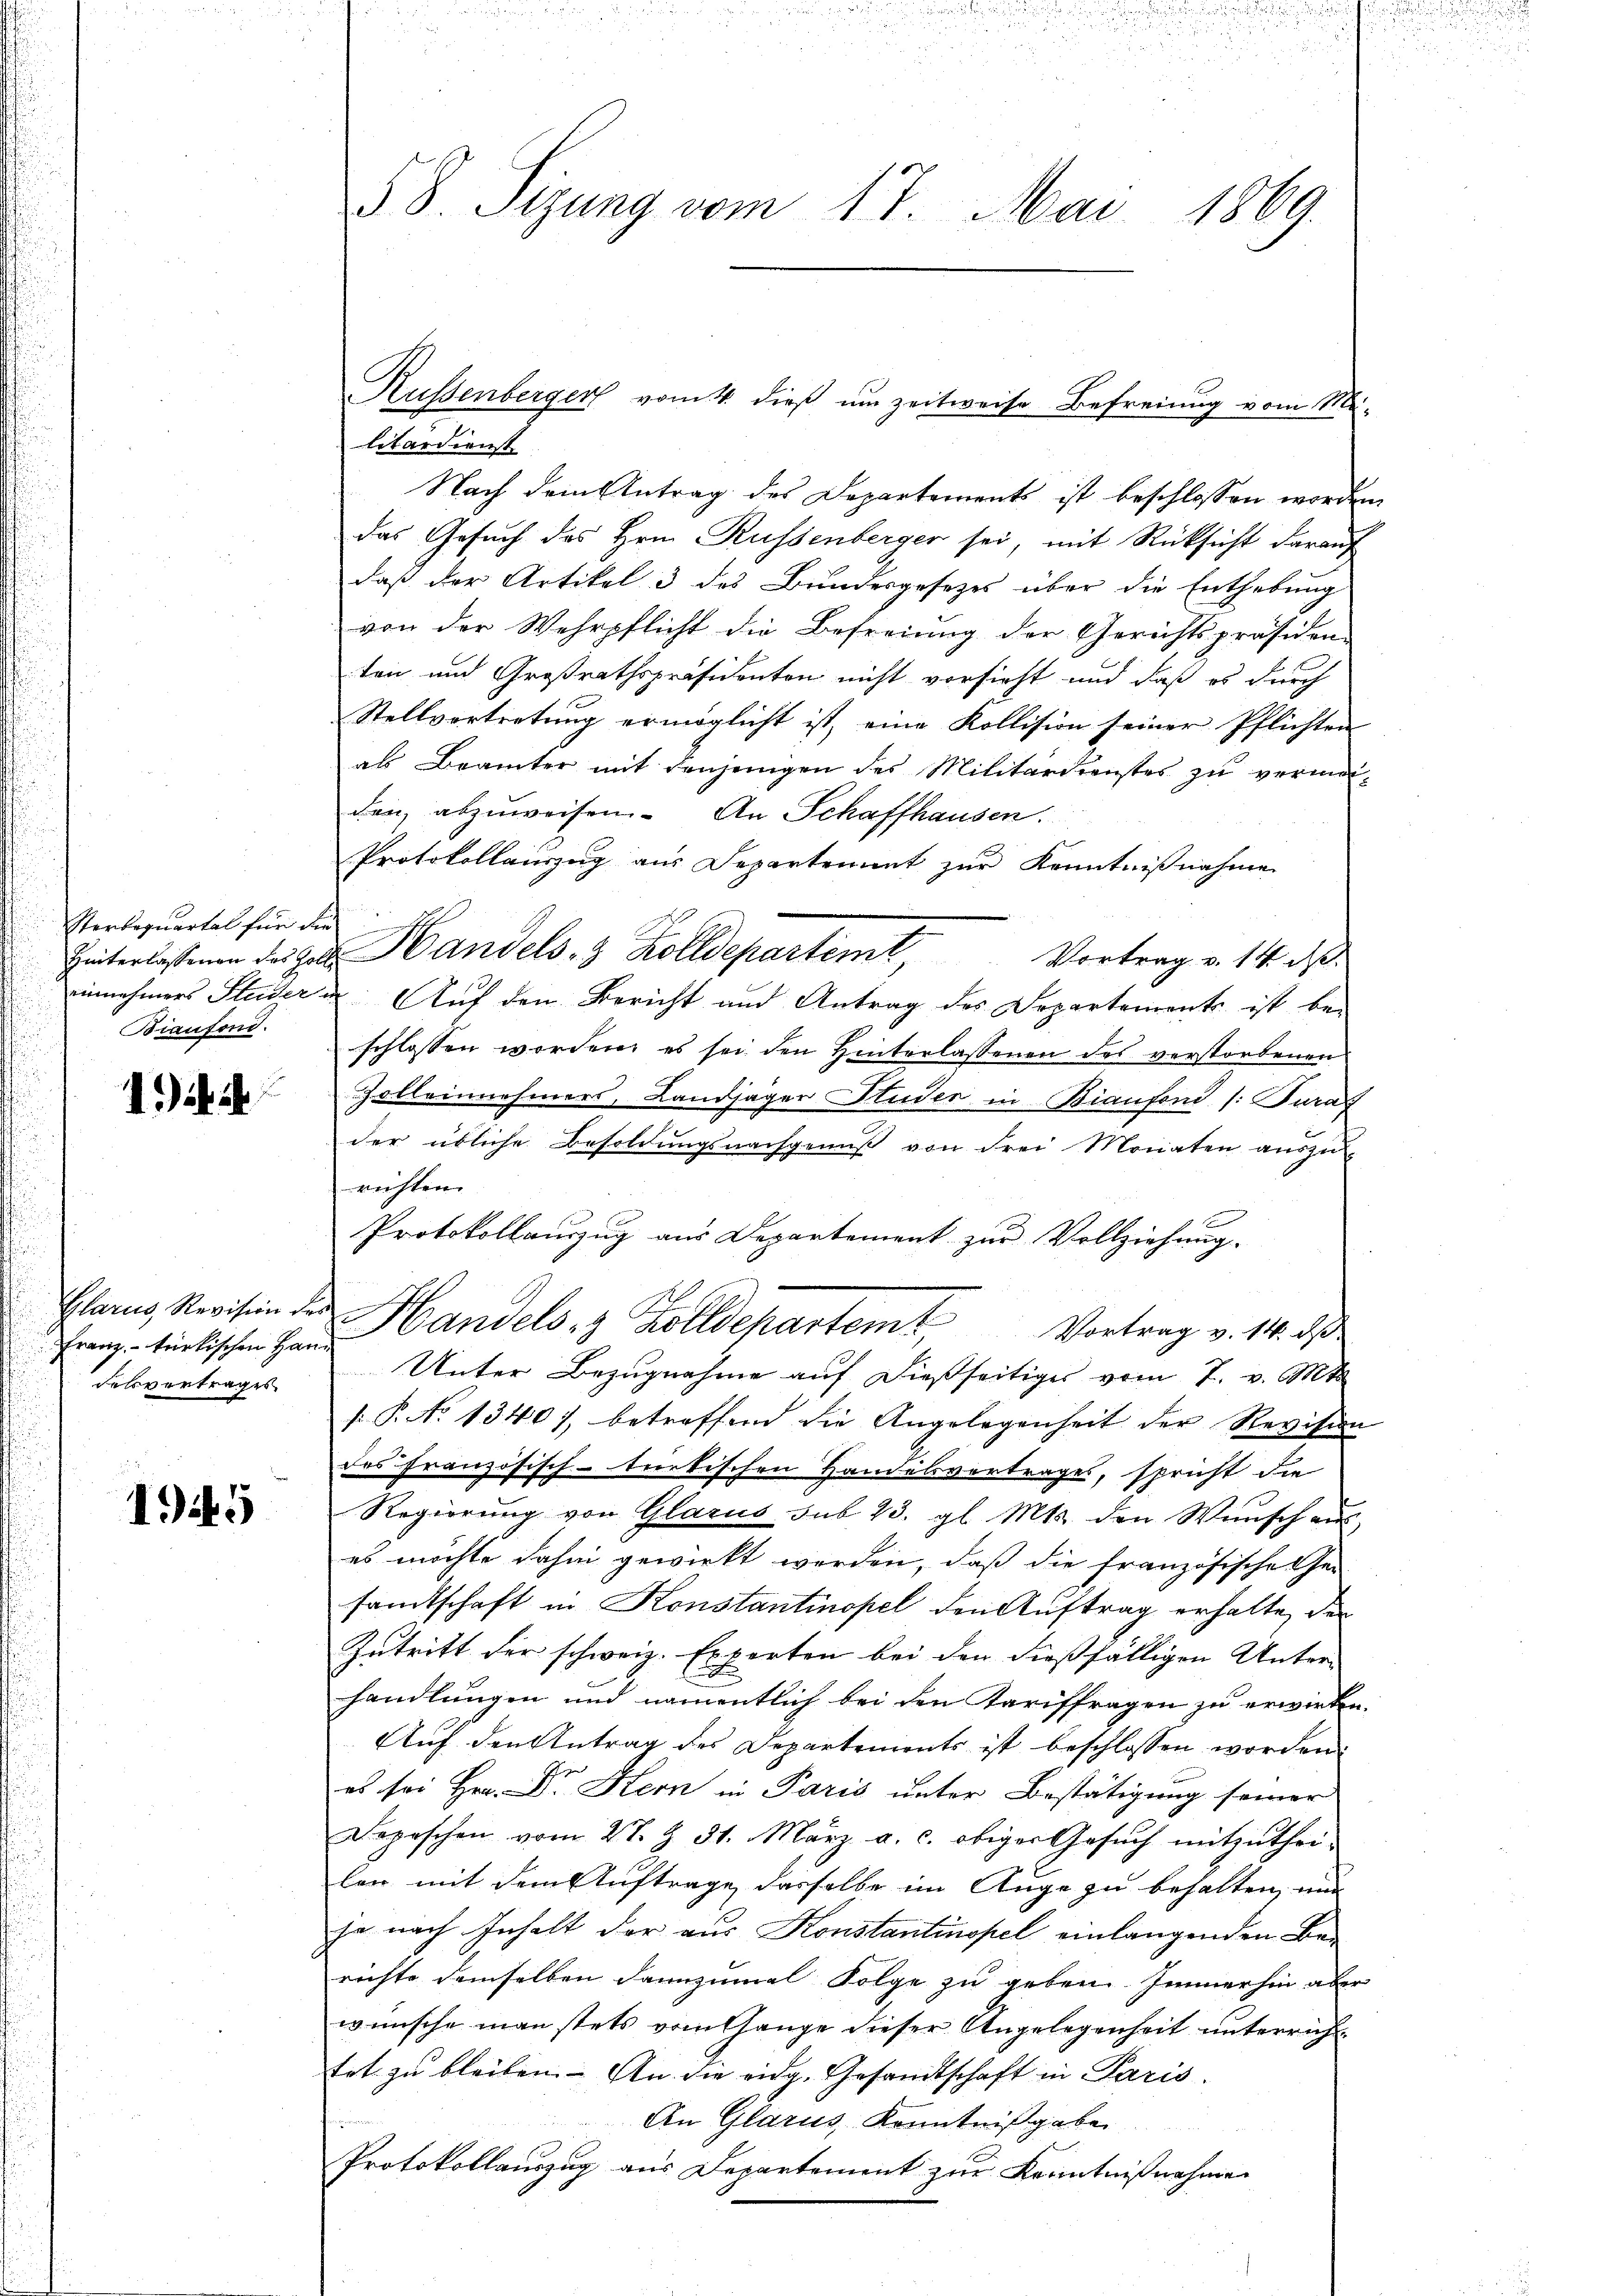
Sterbequartal für die
Biaufond.

1)

Franz, – türkischen Hand
Felsvertrages

149

Russenberger vom 4. dieß um zeitweise Befreiung vom Mi-
litärdienst
Nach dem Antrag des Departements ist beschlossen worden
das Gesuch des Hrn. Russenberger sei, mit Rücksicht darauf
daß der Artikel 3 des Bundesgesetzes über die Enthebung
von der Wehrpflicht die Befreiung der Gerichtspräsiden-
ten und Großrathspräsidenten nicht vorsieht und daß es durch
Stellvortretung ermöglicht ist, eine Kollision seiner Pflichten
als Brämter mit denjenigen des Militärdienstes zu vermeiden, abzuweisen. An Schaffhausen.
Protokollauszug aus Departement zur Kenntnißnahme
Hinterlassenen des Hrn. Handels, 3. Kolldepartemt,
Vortrag v. 14. d.
einnehmers Studer u. Auf den Bericht und Antrag des Departements ist be-
schlossen worden, es sei den Hinterlassenen des verstorbenen
Zolleinnehmers, Landjäger Huder in Biaufond /: Parag
der übliche Besoldungsnachgenuß von drei Monaten auszu-
richten.
Protokollauszug aus Departement zur Vollziehung.
Glarus Revision der Handels- & Zolldepartem Vortrag v. 14. ds
Unter Bezugnahme auf dießseitiges vom 7. v. Mt
.P. No 1340), betreffend die Angelegenheit der Revision
des Französisch-tnetischen Handelsvertrages, spricht die
Regierung von Glarus sub. 23. gl. Mts. den Wunsch au
es möchte dahin gewirkt werden, daß die französische Gesamtschaft in Konstantinopel den Auftrag erhalte, der
Zutritt der schweiz. Experten bei den dießfälligen Unterhandlungen und namentlich bei den Tariffragen zu erwirken.
Auf den Antrag des Departemonts ist beschlossen worden.
es sei Hr. Dr. Kern in Paris unter Bestätigung seiner
Depischen vom 27. Z. 31. März a. c. obiger Gesŭch mitzŭthei-
len mit dem Auftrage dasselbe im Auge zu behalten, und
ja nach Inhalt der aus Konstantinopel einlangenden Berichte demselben dannzumal Folge zu geben. Immerhin aber
wünsche man stets vom Gange dieser Angelegenheit unterricht
tet zu bleiben. An die eidg. Gesandtschaft in Paris.
An Glarus, Kenntnißgabe
Protokollauszug aus Departement zur Kenntnißnahmen

58. Sizung vom 17. Mai 1869.